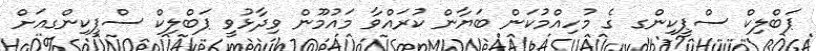
ޕަބްލިކް ސްޕީކިންގ ގެ މުހިއްމުކަން ބަޔާން ކުރައްވާ މައުމޫން ވިދާޅުވީ ޕަބްލިކް ސްޕީކިންގއަށް